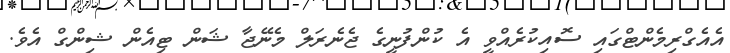
އެއެގްރިމެންޓްގައި ސޮއިކުރެއްވީ އެ ކުންފުނީގެ ޖެނެރަލް މެނޭޖާ ޝަން ޓިއެން ޝިންގް އެވެ.